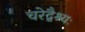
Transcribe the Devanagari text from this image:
चरेद्वैश्यः